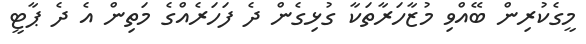
މީގެކުރިން ބޭއްވި މުޒާހަރާތަކާ ގުޅިގެން ދެ ފަހަރެއްގެ މަތިން އެ ދެ ޕާޓީ